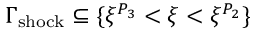
\Gamma _ { \mathrm { s h o c k } } \subseteq \{ \xi ^ { P _ { 3 } } < \xi < \xi ^ { P _ { 2 } } \}